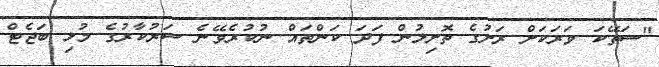
"ސަތޭކަ ވަރަކަށް ރަށުގެ ތޮށިލުން ފަދަ ކަންތައް ނުކުރެވޭނެ ސަރުކާރުގެ މުޅި ބަޖެޓް